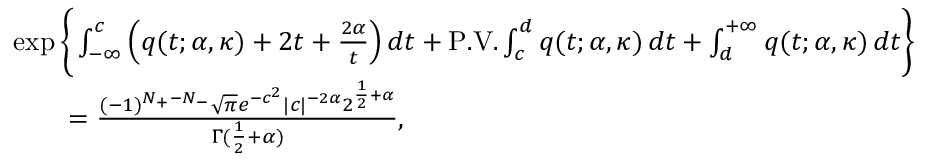
\begin{array} { r l } & { \exp \Bigg \{ \int _ { - \infty } ^ { c } \left( q ( t ; \alpha , \kappa ) + 2 t + \frac { 2 \alpha } { t } \right) d t + \mathrm { P . V . } \int _ { c } ^ { d } q ( t ; \alpha , \kappa ) \, d t + \int _ { d } ^ { + \infty } q ( t ; \alpha , \kappa ) \, d t \Bigg \} } \\ & { \qquad = \frac { ( - 1 ) ^ { N _ { + } - N _ { - } } \sqrt { \pi } e ^ { - c ^ { 2 } } | c | ^ { - 2 \alpha } 2 ^ { \frac { 1 } { 2 } + \alpha } } { \Gamma ( \frac { 1 } { 2 } + \alpha ) } , } \end{array}